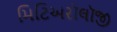
મિટિઅરૉલૉજી